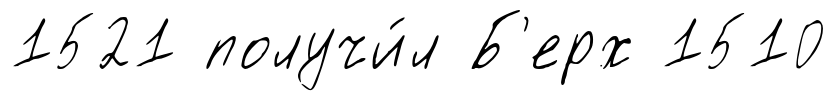
1521 получи́л Б'ерх 1510